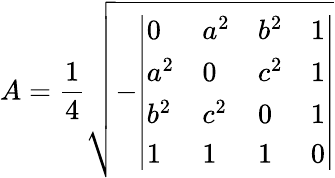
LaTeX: A={\frac{1}{4}}{\sqrt{-{\left|\begin{array}{llll}{0}&{a^{2}}&{b^{2}}&{1}\\ {a^{2}}&{0}&{c^{2}}&{1}\\ {b^{2}}&{c^{2}}&{0}&{1}\\ {1}&{1}&{1}&{0}\end{array}\right|}}}